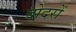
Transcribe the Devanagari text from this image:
दोदरों